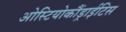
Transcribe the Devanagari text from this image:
ओस्टियोकौंड्राईटिस